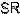
SR